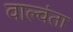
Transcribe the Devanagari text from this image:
वाल्वंता